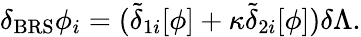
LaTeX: \delta_{\mathrm{BRS}}\phi_{i}=(\tilde{\delta}_{1i}[\phi]+\kappa\tilde{\delta}_{2i}[\phi])\delta\Lambda.